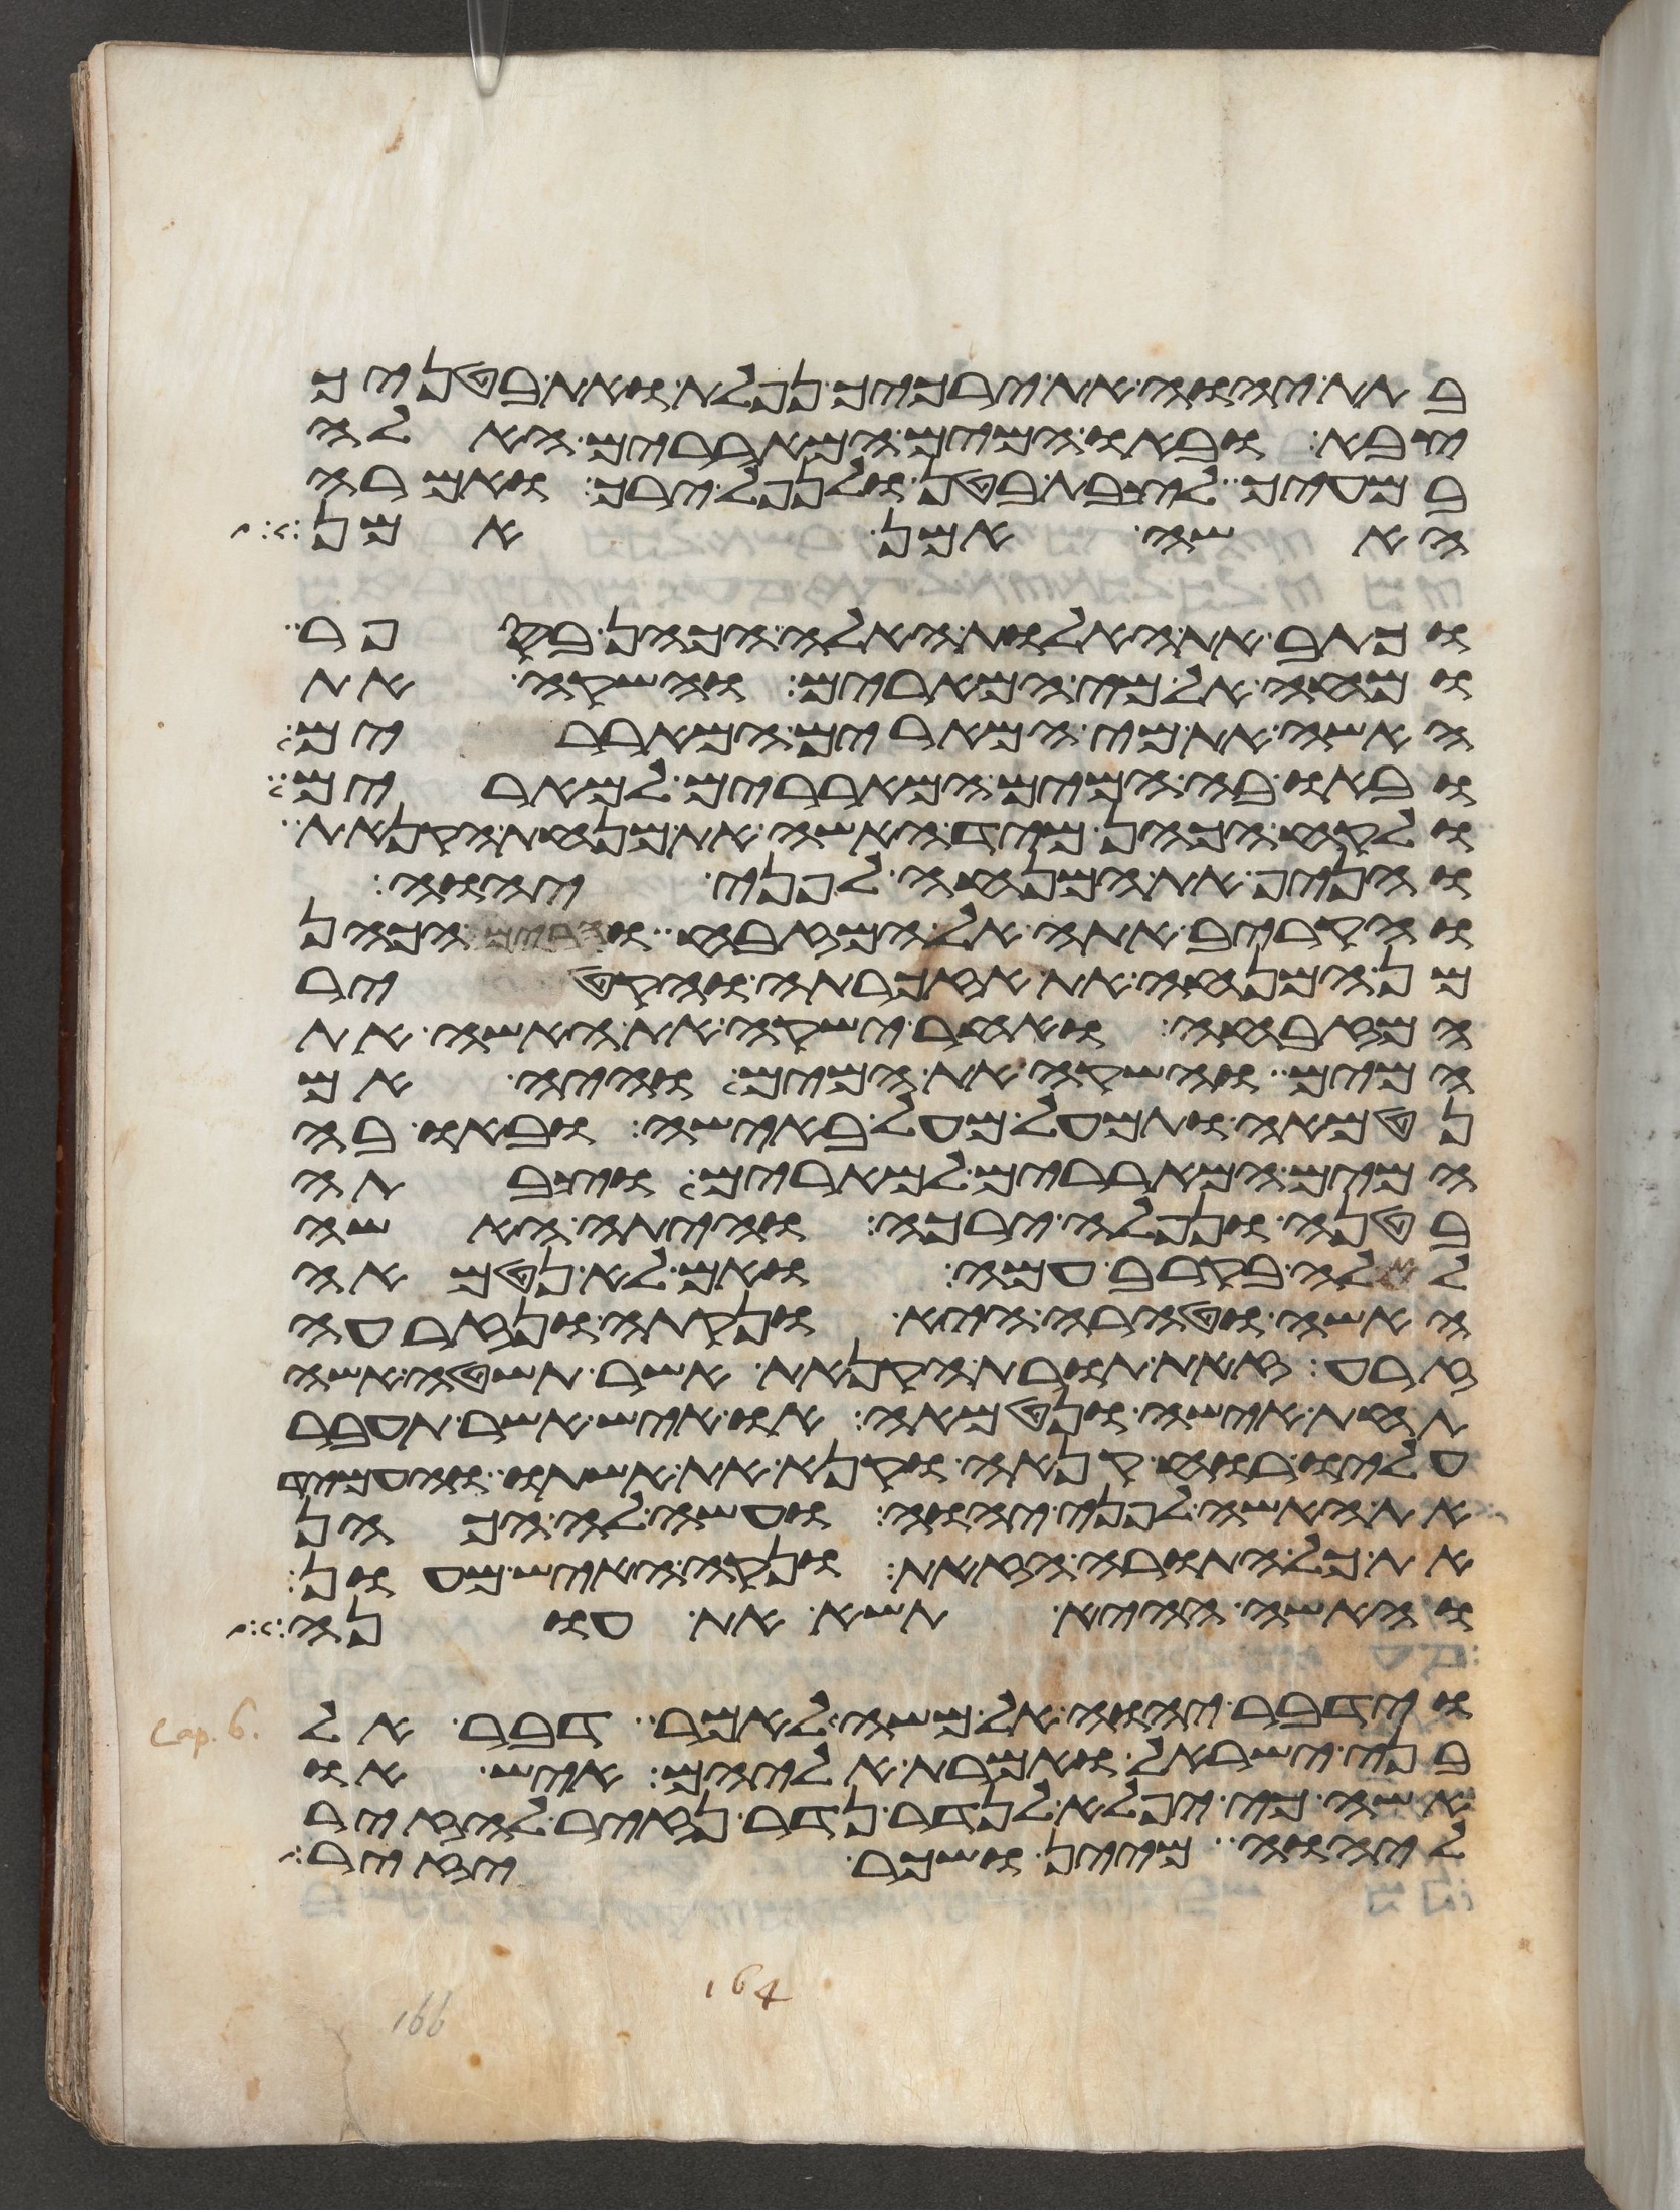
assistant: בתת יהוה את ירכיך נפלת ואת בטניך
צבא ובאו המים המאררים האלה
במעיך לצבת בטן ולנפל ירך ואמרה
האשה אמן אמן
וכתב את האלות האלה הכהן בספר
ומחה אל מי המרים והשקה את
האשה את מי המרים המאררים
ובאו בה המים המאררים למרים
ולקח הכהן מיד האשה את מנחת הקנאת
והניף את המנחה לפני יהוה
והקריב אתה אל המזבח והרים הכהן
מן המנחה את אזכרתה והקטיר
המזבחה ואחר ישקה את האשה את
המים והשקה את המים והיה אם
נטמאה ותמעל מעל באישה ובאו בה
המים המאררים למרים וצבתה
בטנה ונפלה ירכה והיתה האשה
לאלה בקרב עמה ואם לא נטמאה
האשה וטהרה היא ונקתה ונזרעה
זרע זאת תורת הקנאת אשר תשטה אשה
תחת אישה ונטמאה או איש אשר תעבר
עליו רוח קנאה וקנא את אשתו והעמיד
את האשה לפני יהוה ועשה לה הכהן
את כל התורה הזאת ונקה האיש מעון
והאשה ההיא תשא את עונה
וידבר יהוה אל משה לאמר דבר אל
בני ישראל ואמרת אליהם איש או
אשה כי יפלא לנדר נדר נזיר להזיר
ליהוה מיין ושכר יזיר